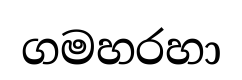
ගමහරහා